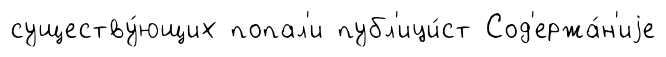
существу́ющих попал'и публ'ици́ст Сод'ержа́н'иjе